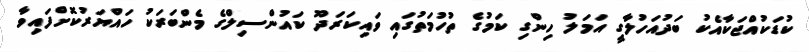
ކުޑަކުއްޖަކާއެކު ބަދުއަހުލާގީ އަމަލު ހިންގި ކަމުގެ ތުހުމަތުގައި ވައިކަރަދޫ ކައުންސިލްގެ މެންބަރަކު ހައްޔަރުކޮށްފައިވާ